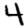
Digit: 4